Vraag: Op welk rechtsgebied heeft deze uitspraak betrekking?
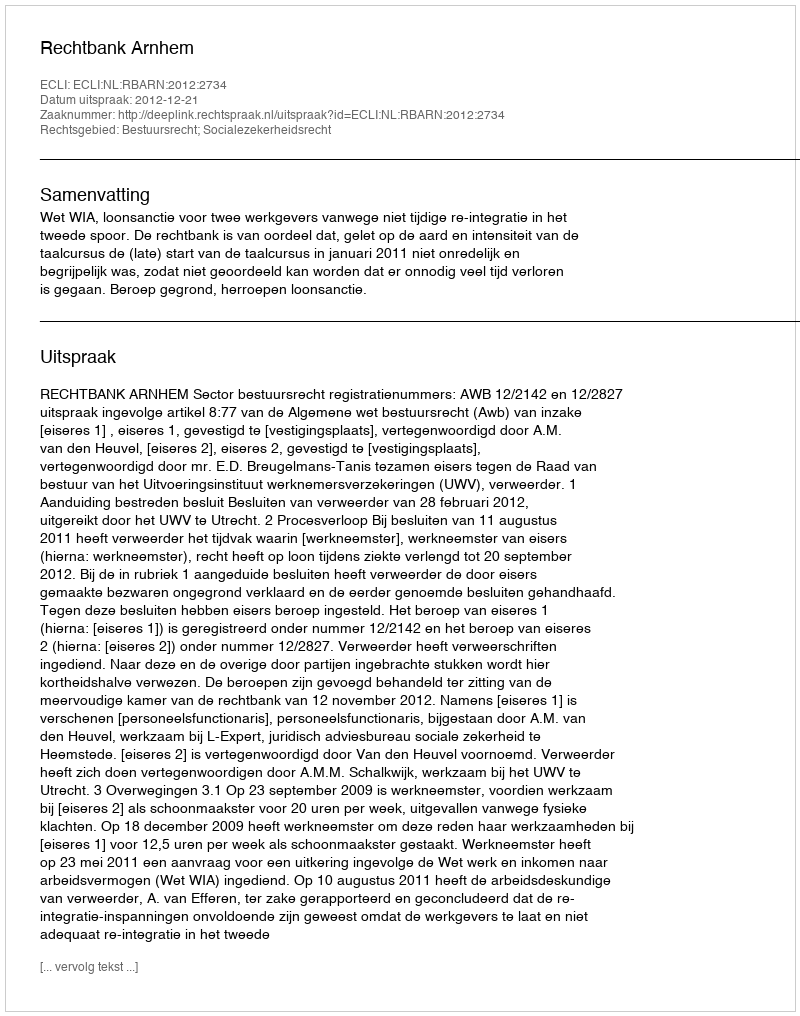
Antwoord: Bestuursrecht; Socialezekerheidsrecht